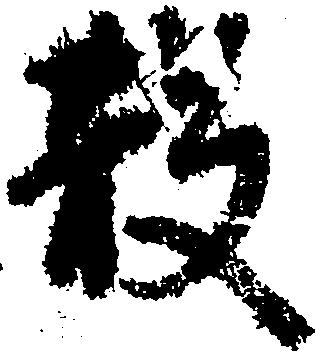
散